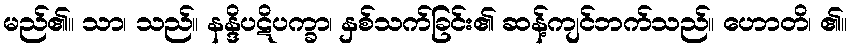
မည်၏။ သာ၊ သည်။ နန္ဒိပဋိပက္ခာ၊ နှစ်သက်ခြင်း၏ ဆန့်ကျင်ဘက်သည်။ ဟောတိ၊ ၏။